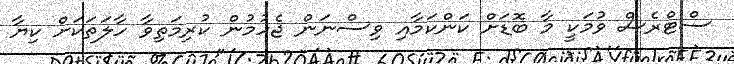
ސްޓްރެސް ވުމަކީ މާ ބޮޑަށް ކަންކަމާއި ވިސްނަން ޖެހުމުން ކުރިމަތިވާ ހާލަތަކަށް ކިޔާ